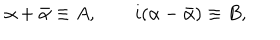
\alpha + \bar { \alpha } \equiv A , \qquad i ( \alpha - \bar { \alpha } ) \equiv B ,